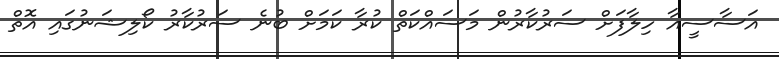
އަސާސީއާ ހިލާފަށް ސަރުކާރުން މަސައްކަތް ކުރާ ކަމަށް ބުނެ ސަރުކާރު ކޯލިޝަނުގައި އޮތް